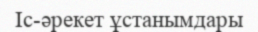
Іс-әрекет ұстанымдары